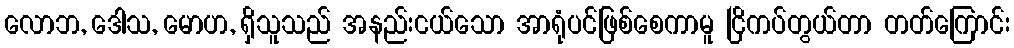
လောဘ, ဒေါသ, မောဟ, ရှိသူသည် အနည်းငယ်သော အာရုံပင်ဖြစ်စေကာမူ ငြိကပ်တွယ်တာ တတ်ကြောင်း